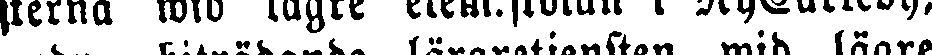
andra biträdande läraretjensten wid lägre